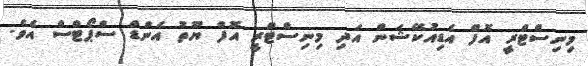
މިނިސްޓްރީ އޮފް އެޑިއުކޭޝަން އަދި މިނިސްޓްރީ އޮފް ޔޫތު އެންޑް ސްޕޯޓްސް އެވެ.